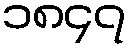
၁၈၄၇